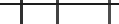
.